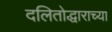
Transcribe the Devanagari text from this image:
दलितोद्धाराच्या